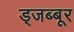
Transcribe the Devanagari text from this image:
ड्जब्बूर